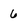
Character: 6